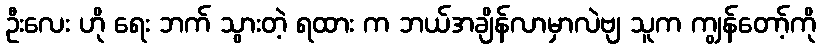
ဦးလေး ဟို ရေး ဘက် သွားတဲ့ ရထား က ဘယ်အချိန်လာမှာလဲဗျ သူက ကျွန်တော့်ကို